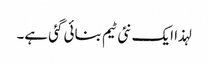
لہذا ایک نئی ٹیم بنائی گئی ہے۔